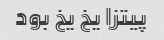
پیتزا یخ یخ بود